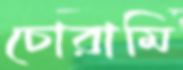
চোরামি